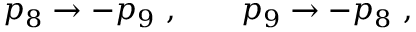
p _ { 8 } \to - p _ { 9 } \ , \qquad p _ { 9 } \to - p _ { 8 } \ ,